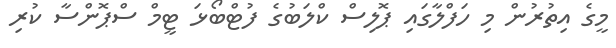
މީގެ އިތުރުން މި ހަފްލާގައި ޕޮލިސް ކްލަބުގެ ފުޓްބޯޅަ ޓީމް ސްޕޮންސާ ކުރި